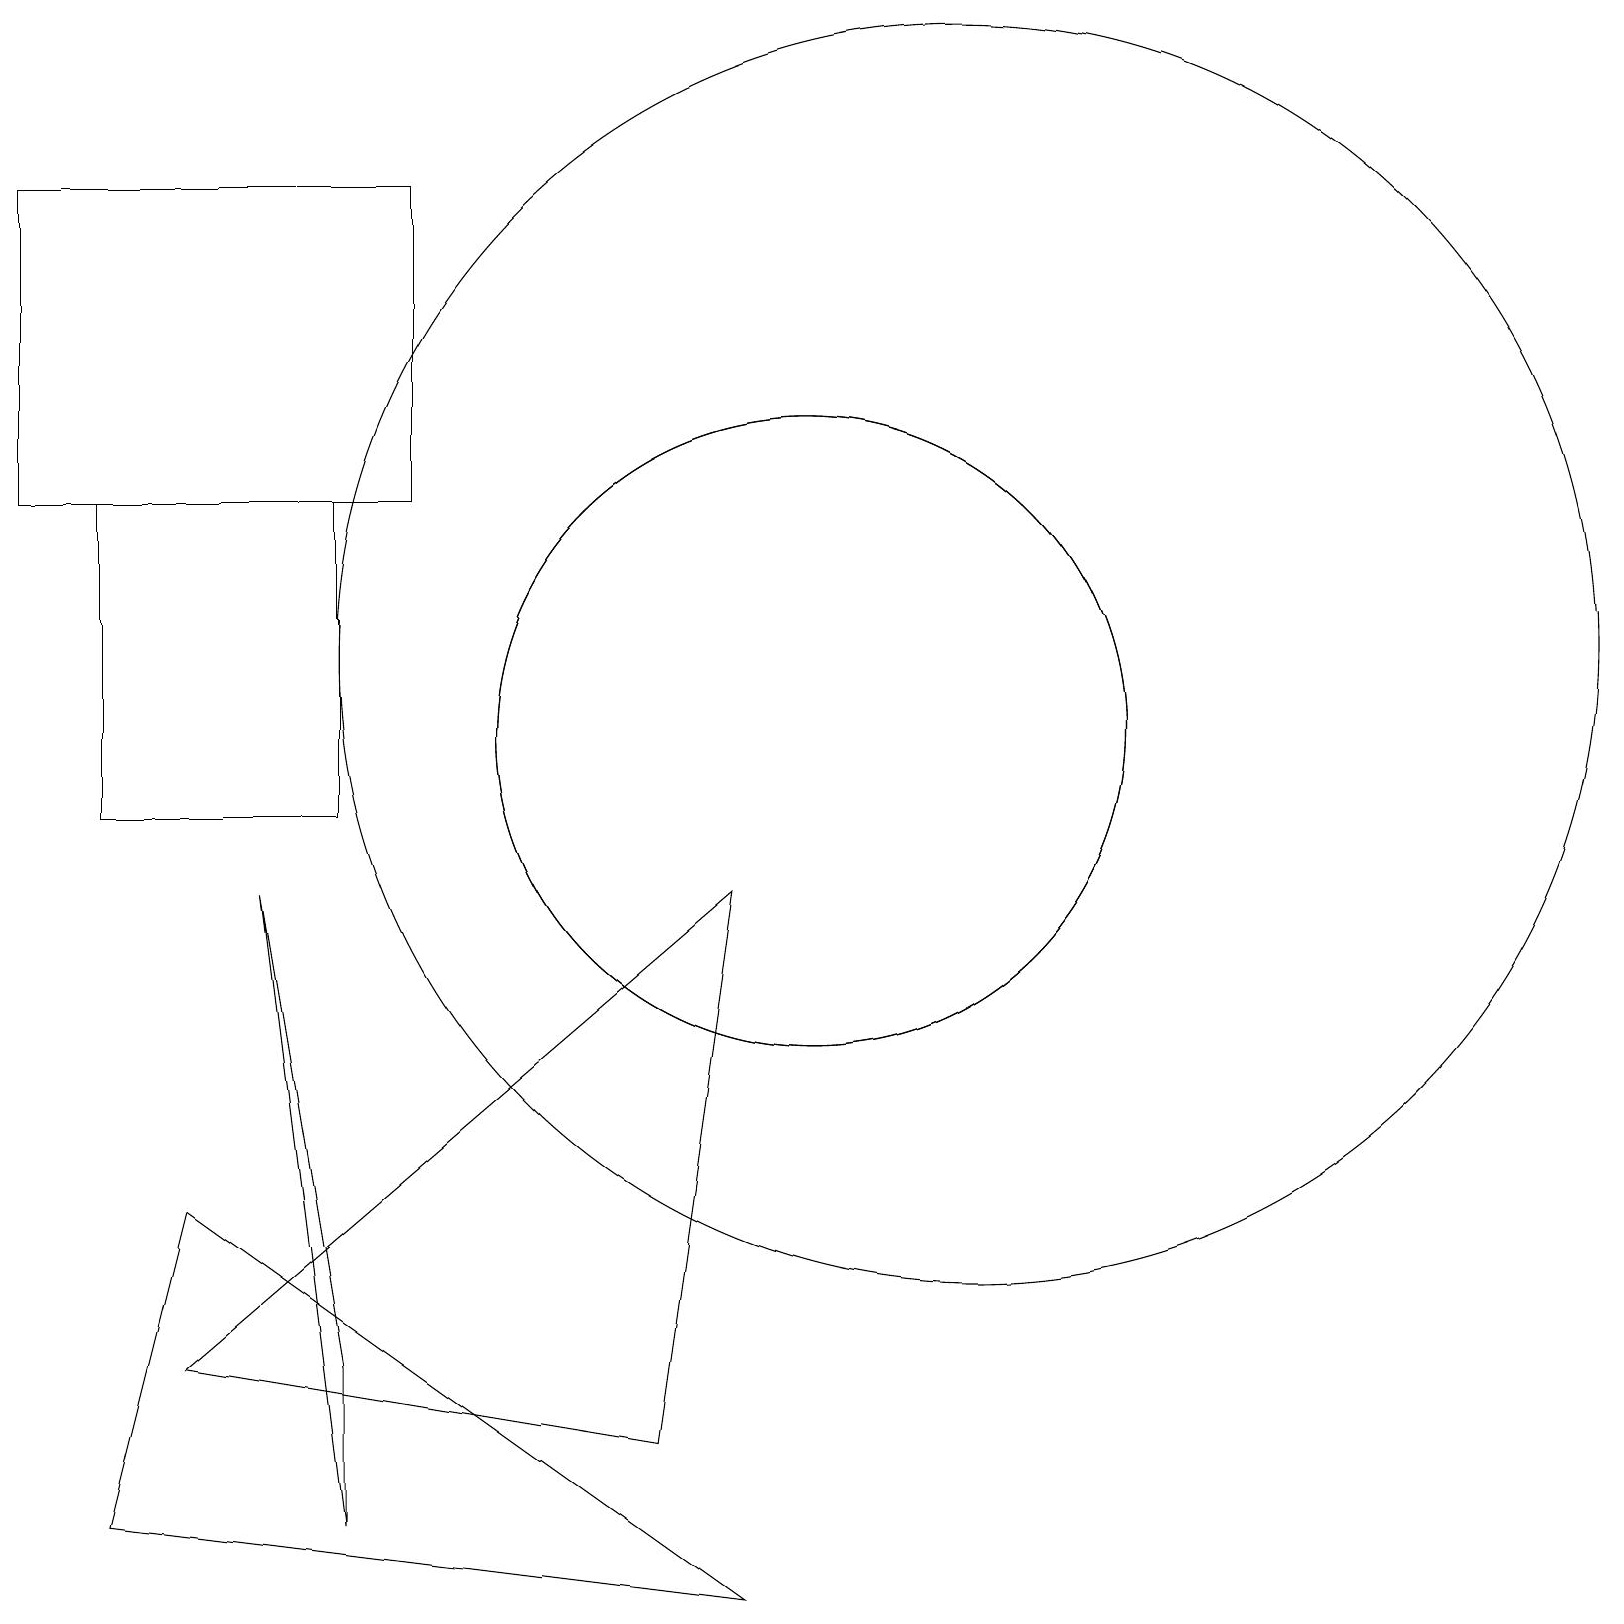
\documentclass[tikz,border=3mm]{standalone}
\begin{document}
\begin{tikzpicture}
\draw (1,10) rectangle (4,14);
\draw (5,14) rectangle (0,18);
\draw (12,12) circle (8);
\draw (2,5) -- (1,1) -- (9,0) -- cycle;
\draw (10,11) circle (4);
\draw (2,3) -- (9,9) -- (8,2) -- cycle;
\draw (10,11) circle (4);
\draw (4,1) -- (3,9) -- (4,3) -- cycle;
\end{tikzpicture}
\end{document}